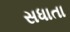
સધાતા